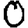
Digit: 0